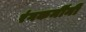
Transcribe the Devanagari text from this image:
रंगकर्मींनी